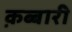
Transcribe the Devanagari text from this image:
क़ब्बारी